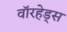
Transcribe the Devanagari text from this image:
वाॅरहेड्स